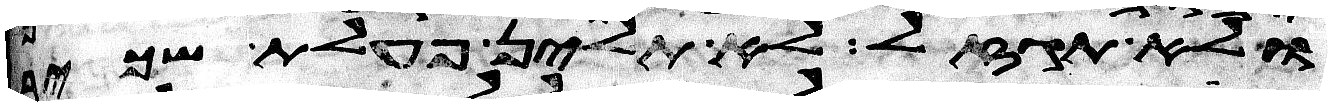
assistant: ולא תגזל לא תלין פעלת שכיר